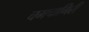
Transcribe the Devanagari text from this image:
चमचागिरी